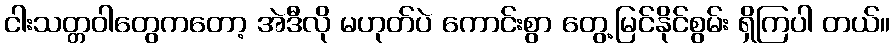
ငါးသတ္တဝါတွေကတော့ အဲဒီလို မဟုတ်ပဲ ကောင်းစွာ တွေ့မြင်နိုင်စွမ်း ရှိကြပါ တယ်။